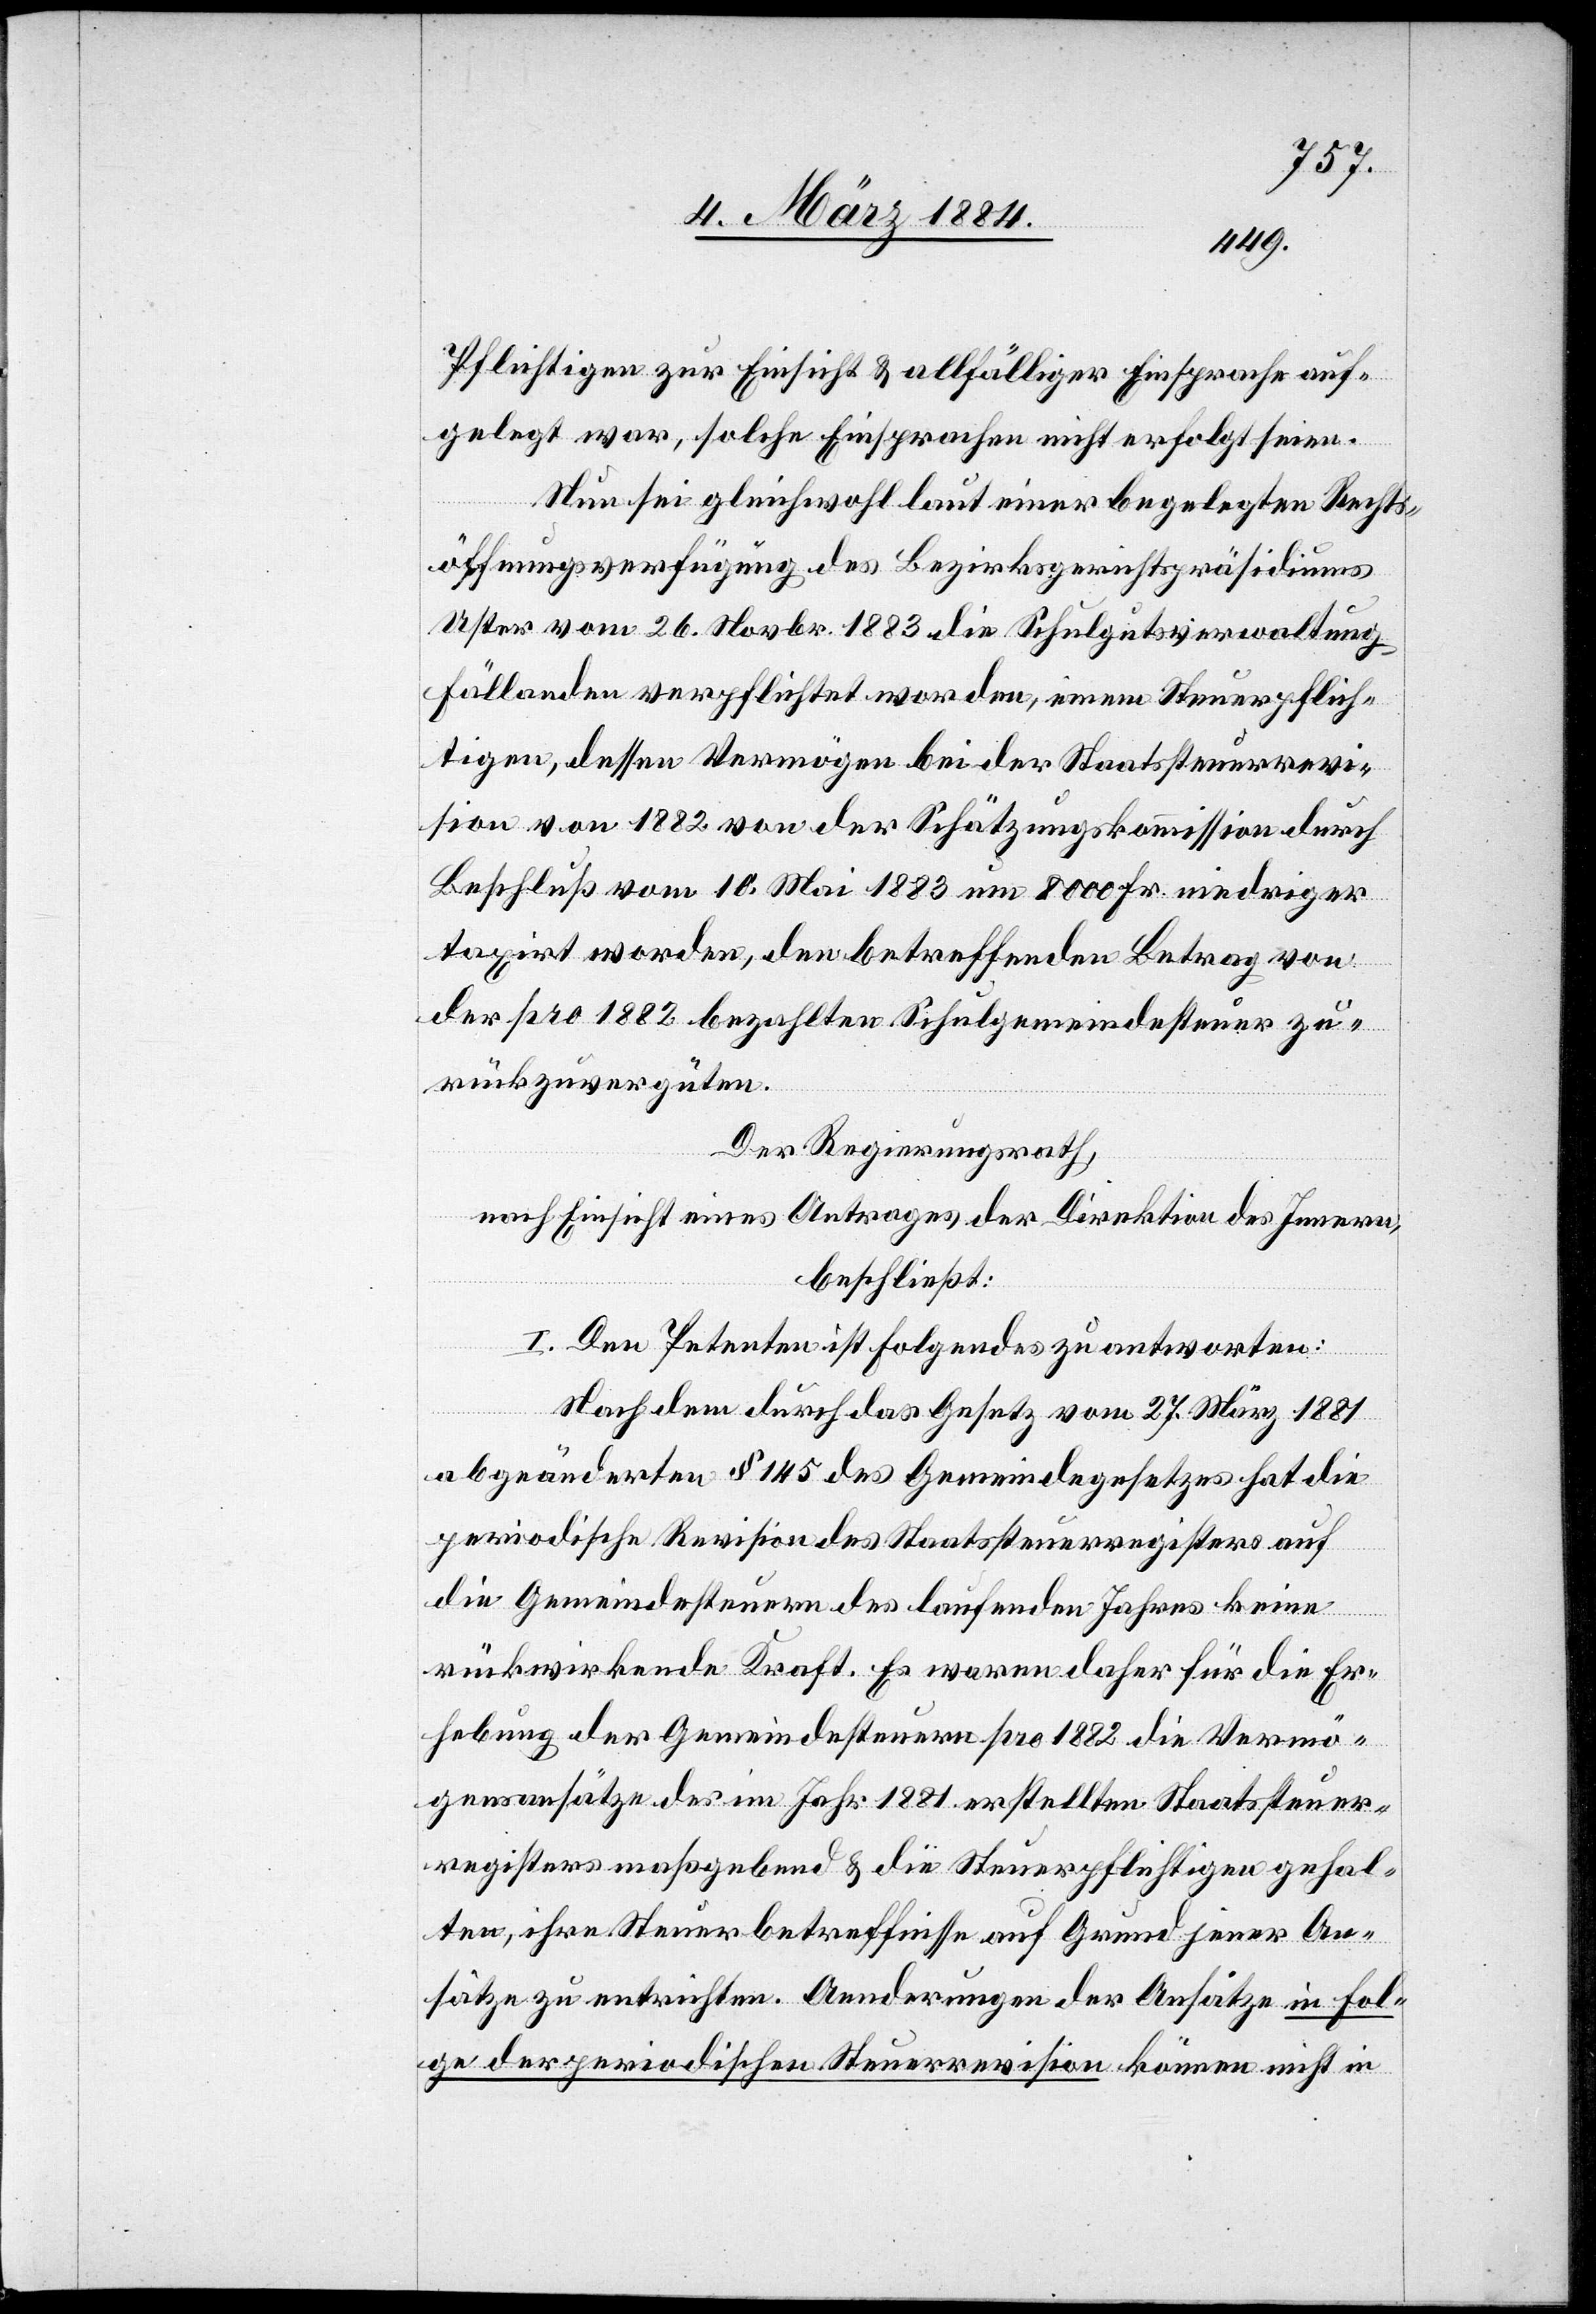
Pflichtigen zur Einsicht & allfälligen Einsprache auf¬
gelegt war, solche Einsprachen nicht erfolgt seien.
Nun sei gleichwohl laut einer beigelegten Rechts¬
öffnungsverfügung des Bezirksgerichtspräsidiums
Uster vom 16. Novbr. 1883 die Schulgutverwaltung
Fällanden verpflichtet worden, dessen Vermög¬
sion von 1882 von der Schätzungskommission durch
Beschluß vom 10. Mai 1883 um 8000 Fr. niedriger
taxirt worden, den betreffenden Betrag von
der pro 1882 bezahlten Schulgemeindesteuer zu¬
rückzuvergüten.
Der Regierungsrath,
nach Einsicht eines Antrages der Direktion des Innern,
beschließt:
I. Den Petenten ist Folgendes zu antworten:
Nach dem durch das Gesetz vom 27. März 1881
abgeänderten § 145 des Gemeindegesetzes hat die
periodische Revision des Staatssteuerregisters auf
die Gemeindesteuern des laufenden Jahres keine
revi¬
rückwirkende Kraft. Es waren daher für die Er¬
hebung der Gemeindesteuern pro 1882 die Vermö¬
genssätze des im Jahr 1881 erstellten Staatssteuer¬
registers maßgebend & die Steuerpflichtigen gehal¬
ten, ihre Steuerbetreffnisse auf Grund jener An¬
sätze zu entrichten. Aenderungen der Ansätze in Fol¬
ge der periodischen Steuerrevision können nicht in